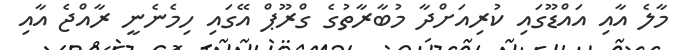
މާލެ އާއި އައްޑޫގައި ކުރިއަށްދާ މުބާރާތުގެ ގްރޫޕް އޭގައި ހިމެނެނީ ރާއްޖެ އާއި